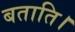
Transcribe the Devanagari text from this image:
बताति।